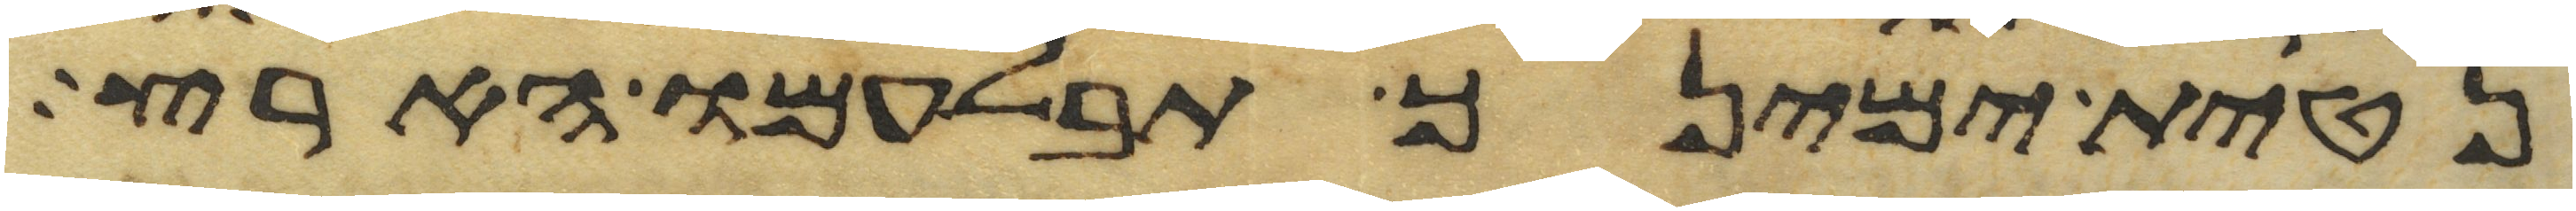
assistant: נטית ימינך תבלעמו הארץ